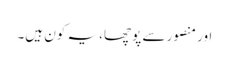
اور منصور سے پوچھا، یہ کون ہیں۔